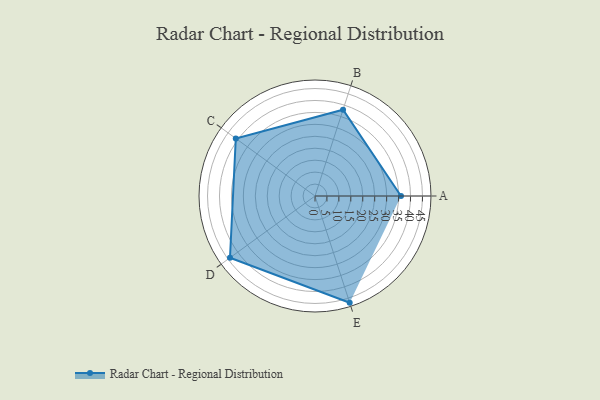
{"axis": {"x": "Skill", "y": "Score"}, "legend": ["Profile"], "data": [{"x": "A", "y": 36.0, "type": "Profile"}, {"x": "B", "y": 38.0, "type": "Profile"}, {"x": "C", "y": 41.0, "type": "Profile"}, {"x": "D", "y": 44.0, "type": "Profile"}, {"x": "E", "y": 47.0, "type": "Profile"}]}